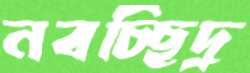
নবচ্ছিদ্র